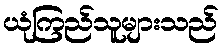
ယုံကြည်သူများသည်